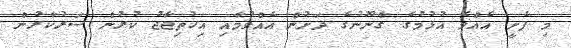
މި ފެށީ އެއްވެ އުޅުމުގެ ގާނޫނުގެ ދަށުން އެއްވުމާއި އިހުތިޖާޖު ކުރުން ސަރުކާރުން